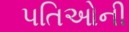
પતિઓની